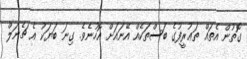
ގޮތުން އެތައް ތަޢުރީފުގެ ބަސްތަކެއް އޭނައަށް އޮހުނެވެ. ގިނަ ބަޔަކު އެ ޗެނަލް